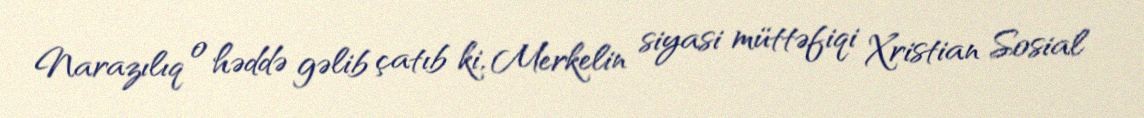
Narazılıq o həddə gəlib çatıb ki, Merkelin siyasi müttəfiqi Xristian Sosial